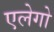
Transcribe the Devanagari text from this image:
एलेगो